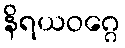
နိရယဝဂ္ဂေ